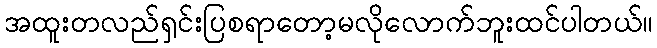
အထူးတလည်ရှင်းပြစရာတော့မလိုလောက်ဘူးထင်ပါတယ်။